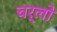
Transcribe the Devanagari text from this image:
चर्लो